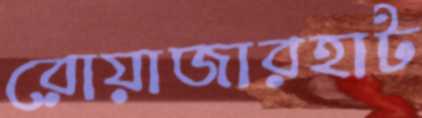
রোয়াজারহাট